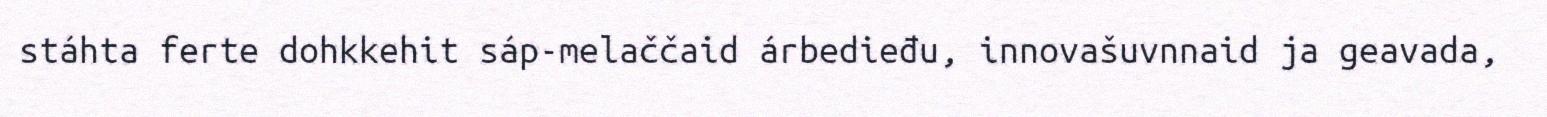
stáhta ferte dohkkehit sáp-melaččaid árbedieđu, innovašuvnnaid ja geavada,